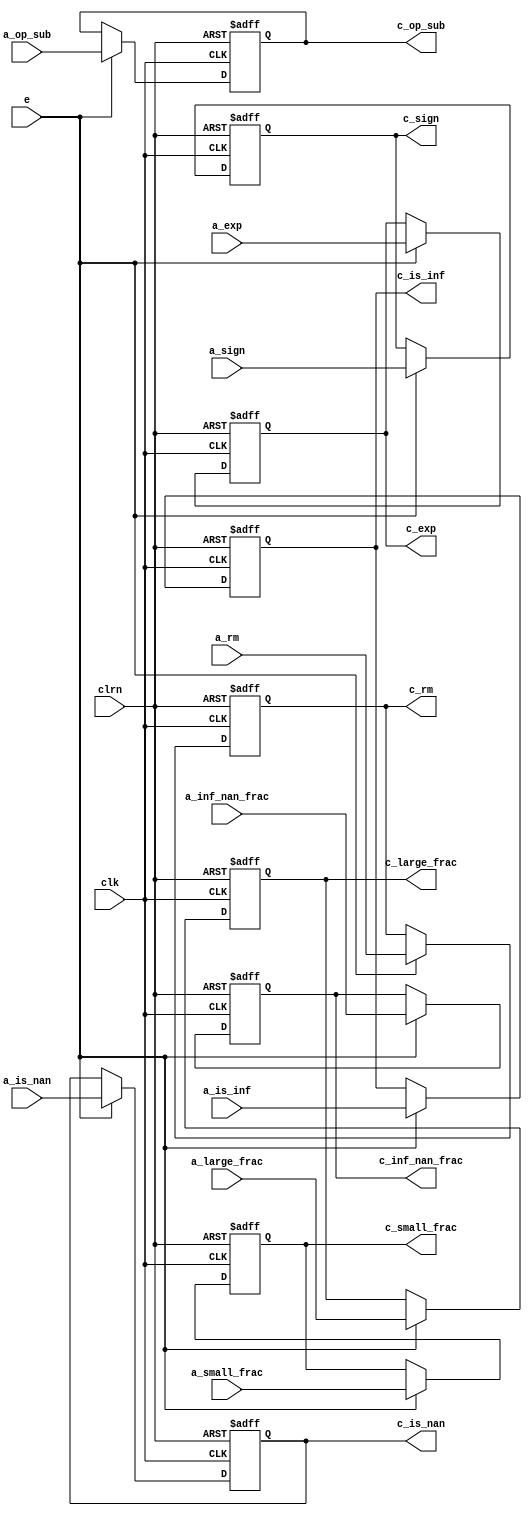
module reg_align_cal (a_rm,a_is_nan,a_is_inf,a_inf_nan_frac,a_sign,a_exp,
	a_op_sub,a_large_frac,a_small_frac,clk,clrn,e,c_rm,
	c_is_nan,c_is_inf,c_inf_nan_frac,c_sign,c_exp,
	c_op_sub,c_large_frac,c_small_frac);
	input [26:0] a_small_frac;
	input [23:0] a_large_frac;
	input [22:0] a_inf_nan_frac;
	input [7:0] a_exp;
	input [1:0] a_rm;
	input a_is_nan,a_is_inf,a_sign,a_op_sub;
	input e;
	input clk,clrn;
	output reg [26:0] c_small_frac;
	output reg [23:0] c_large_frac;
	output reg [22:0] c_inf_nan_frac;
	output reg [7:0] c_exp;
	output reg [1:0] c_rm;
	output reg c_is_nan,c_is_inf,c_sign,c_op_sub;

	always @ (posedge clk or negedge clrn) begin
		if(!clrn) begin
			c_rm <= 0;
			c_is_nan <= 0;
			c_is_inf <= 0;
			c_inf_nan_frac <= 0;
			c_sign <= 0;
			c_exp <= 0;
			c_op_sub <= 0;
			c_large_frac <= 0;
			c_small_frac <= 0;
		end else if (e) begin
			c_rm <= a_rm;
			c_is_nan <= a_is_nan;
			c_is_inf <= a_is_inf;
			c_inf_nan_frac <= a_inf_nan_frac;
			c_sign <= a_sign;
			c_exp <= a_exp;
			c_op_sub <= a_op_sub;
			c_large_frac <= a_large_frac;
			c_small_frac <= a_small_frac;
		end
	end
endmodule